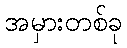
အမှားတစ်ခု